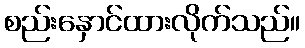
စည်းနှောင်ထားလိုက်သည်။